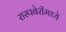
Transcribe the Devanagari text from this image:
रास्पबेरीमध्ये